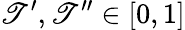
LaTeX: \mathscr{T}^{\prime},\mathscr{T}^{\prime\prime}\in\lbrack0,1]